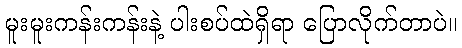
မူးမူးကန်းကန်းနဲ့ ပါးစပ်ထဲရှိရာ ပြောလိုက်တာပဲ။